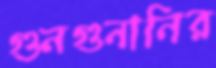
গুনগুনানির